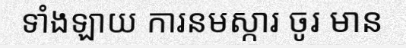
ទាំងឡាយ ការនមស្ការ ចូរ មាន